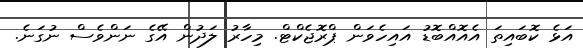
އަޅެ ކޮބައިތަ އެއޮއްބޮޑު އައިހެވަން ޕްރޮޖެކްޓް. މިހާރު ލަދުން އޭގެ ނަންވެސް ނުގަނެ.